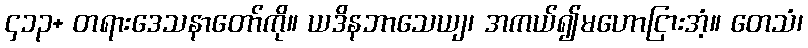
၄၁၃+ တရားဒေသနာတော်ကို။ ယဒိနဘာသေယျ၊ အကယ်၍မဟောငြားအံ့။ တေသံ၊